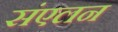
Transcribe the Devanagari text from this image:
संंएलन